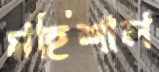
মহিশাল